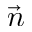
\vec { n }